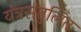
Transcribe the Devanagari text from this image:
यंत्रसंतुलित